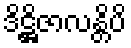
ဒိဋ္ဌိဇာလန္တိပိ